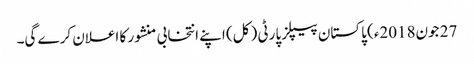
27 جون2018ء) پاکستان پیپلز پارٹی ( کل) اپنے انتخابی منشور کا اعلان کرے گی۔